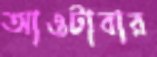
আওটাবার